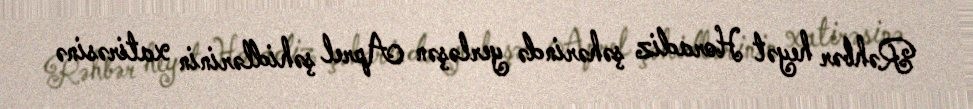
Rəhbər heyət Horadiz şəhərində yerləşən Aprel şəhidlərinin xatirəsinə